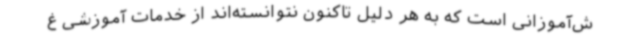
ش‌آموزانی است که به هر دلیل تاکنون نتوانسته‌اند از خدمات آموزشی غ